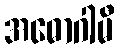
အဓောဂါမီ